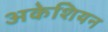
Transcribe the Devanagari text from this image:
अकेशियन